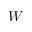
W